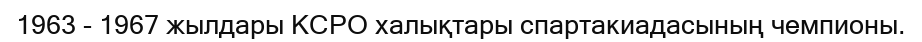
1963 - 1967 жылдары КСРО халықтары спартакиадасының чемпионы.